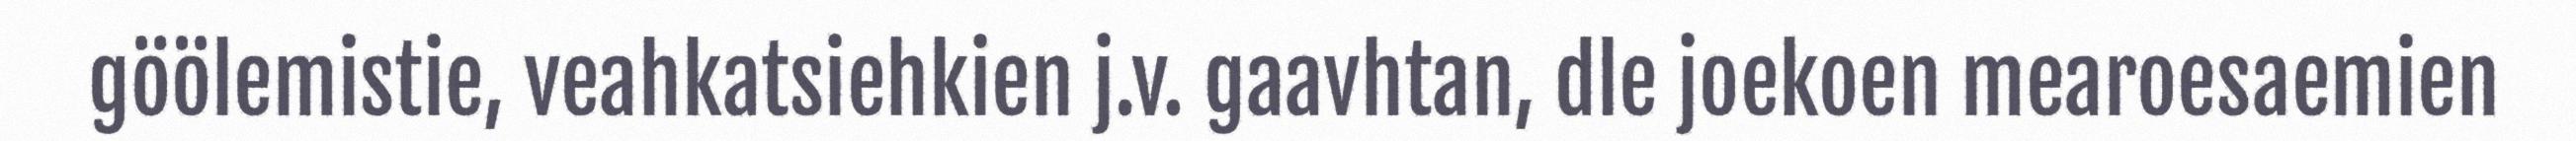
göölemistie, veahkatsiehkien j.v. gaavhtan, dle joekoen mearoesaemien